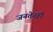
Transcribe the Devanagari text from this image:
जनतेनंही